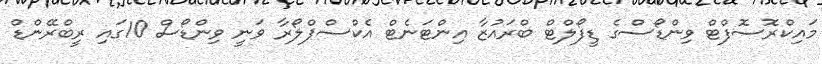
މައިކްރޮސޮފްޓް ވިންޑޯސްގެ ޑީފޯލްޓް ބްރައުޒާ އިންޓަނެޓް އެކްސްޕްލޯރާ ވަނީ ވިންޑޯސް 10ގައި ރީބްރޭންޑް